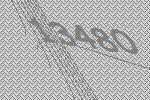
13480